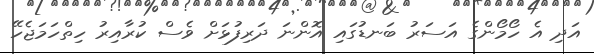
އަދި އެ ހޯމޯންގެ އަސަރު ބަނޑުގައި އޮންނަ ދަރިފުޅަށް ވެސް ކުރާއިރު ހިތްހަމަޖެހޭ